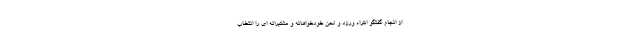
از انجام گفتگو اکراه ورزد و لحن خودخواهانه و متکبرانه ای را انتخاب